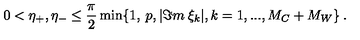
0 < \eta _ { + } , \eta _ { - } \leq \frac { \pi } { 2 } \min \{ 1 , \: p , | \Im m \: \xi _ { k } | , k = 1 , . . . , M _ { C } + M _ { W } \} \: .